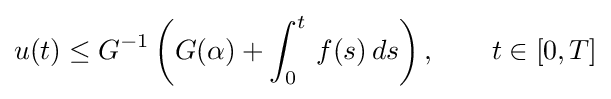
u(t)\leq G^{-1}\left(G(\alpha )+\int _{0}^{t}\,f(s)\,ds\right),\qquad t\in [0,T]